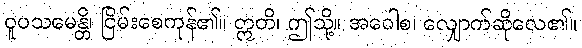
ဝူပသမေန္တိ၊ ငြိမ်းစေကုန်၏။ ဣတိ၊ ဤသို့။ အဝေါစ၊ လျှောက်ဆိုလေ၏။